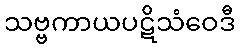
သဗ္ဗကာယပဋိသံဝေဒီ